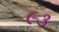
૯૩